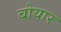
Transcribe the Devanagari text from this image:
बोयार